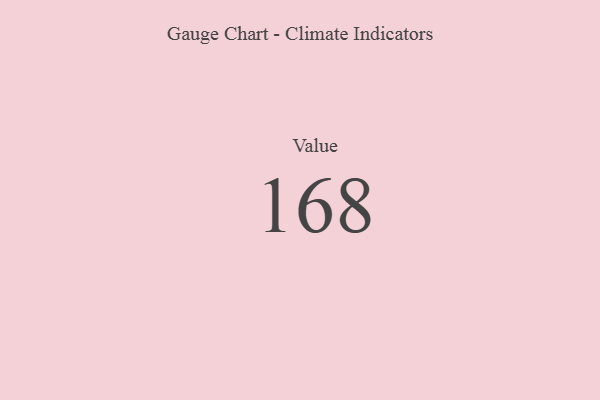
{"axis": {"x": "Metric", "y": "Value"}, "legend": [""], "data": [{"x": "Value", "y": 168, "type": ""}]}